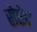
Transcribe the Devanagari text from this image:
सेप्टेट